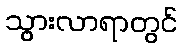
သွားလာရာတွင်